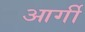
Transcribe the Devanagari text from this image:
आर्गी